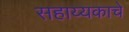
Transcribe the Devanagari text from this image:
सहाय्यकाचे